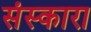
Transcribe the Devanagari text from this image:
संस्कारा